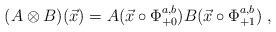
LaTeX: \begin{align*}(A\otimes B)(\vec x)= A(\vec x\circ \Phi_{+0}^{a,b}) B(\vec x\circ \Phi_{+1}^{a,b})\;,\end{align*}